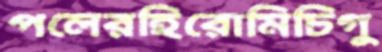
পলেরহিরোমিচিগু